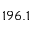
1 9 6 . 1